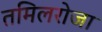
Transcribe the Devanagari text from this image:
तमिलरोजा